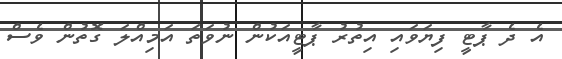
އެ ދެ ޕާޓީ ފިޔަވައި އިތުރު ޕާޓީއަކުން ނުވަތަ އަމިއްލަ ގޮތުން ވެސް